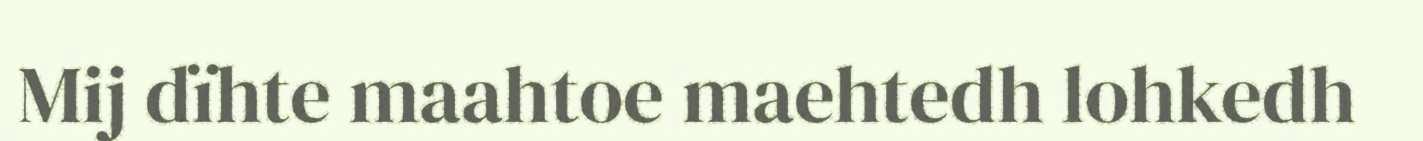
Mij dïhte maahtoe maehtedh lohkedh